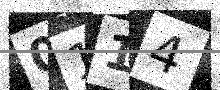
Text: 0114